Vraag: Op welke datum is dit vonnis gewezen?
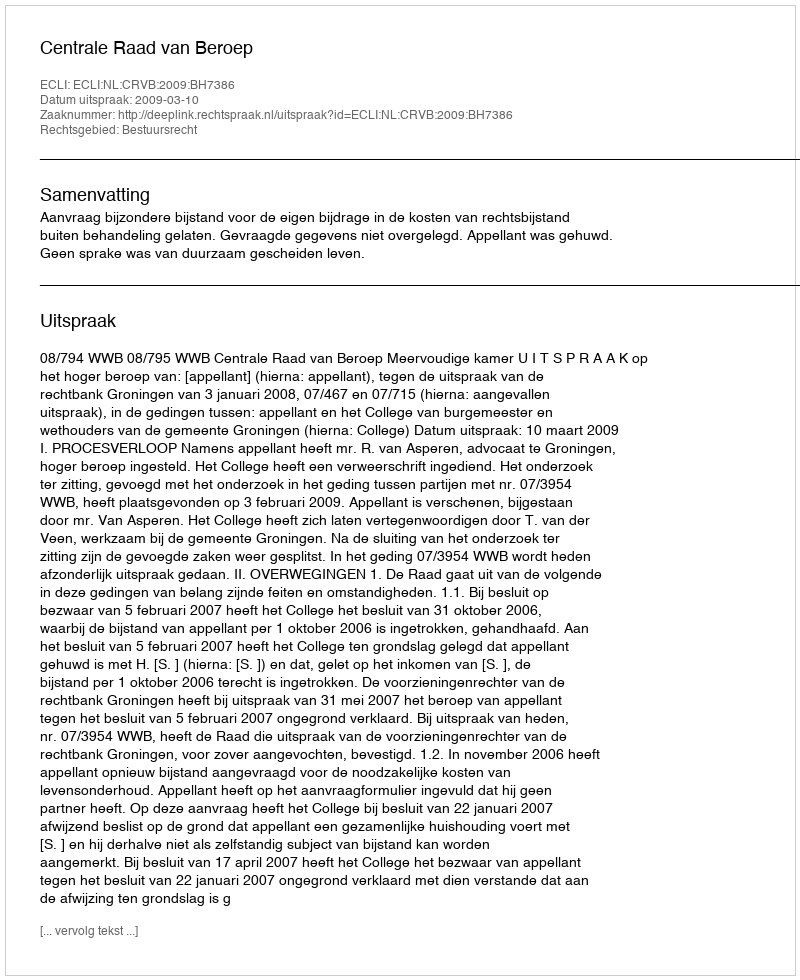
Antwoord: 2009-03-10